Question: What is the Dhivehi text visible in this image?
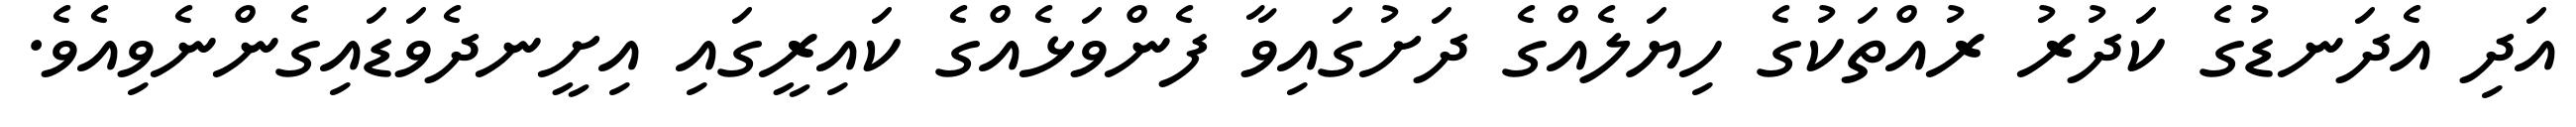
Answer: އަދި އެދަނޑުގެ ކަދުރު ރުއްތަކުގެ ހިޔަލެއްގެ ދަށުގައިވާ ފެންވަޅެއްގެ ކައިރީގައި އިށީނދެވަޑައިގެންނެވިއެވެ.